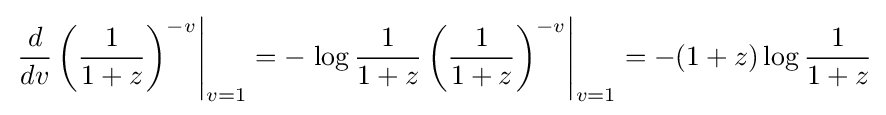
\left.{\frac {d}{dv}}\left({\frac {1}{1+z}}\right)^{-v}\right|_{v=1}=-\left.\log {\frac {1}{1+z}}\left({\frac {1}{1+z}}\right)^{-v}\right|_{v=1}=-(1+z)\log {\frac {1}{1+z}}